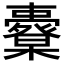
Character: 𣠀